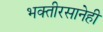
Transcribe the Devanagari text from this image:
भक्तीरसानेही